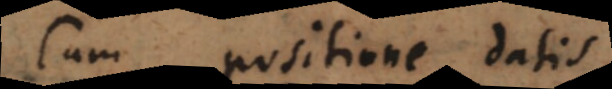
Cum positione datis